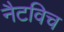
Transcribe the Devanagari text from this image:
नैटविच